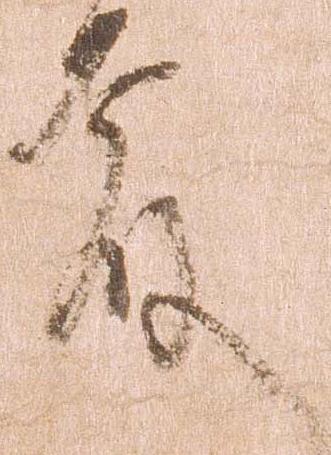
殿